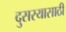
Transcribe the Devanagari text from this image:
दुसरयासाठी